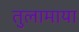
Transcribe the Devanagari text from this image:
तुलामाया